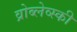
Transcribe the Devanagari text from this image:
व्रोब्लेव्स्की